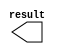
module ALU_CONST_ZERO (
	result);

	output	[30:0]  result;

endmodule